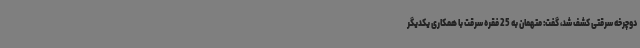
دوچرخه سرقتی کشف شد، گفت: متهمان به 25 فقره سرقت با همکاری یکدیگر